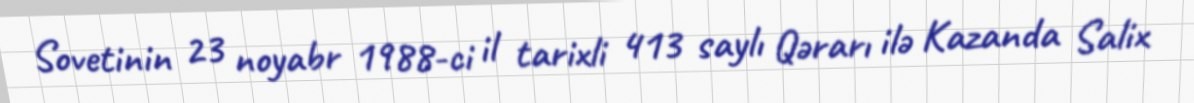
Sovetinin 23 noyabr 1988-ci il tarixli 413 saylı Qərarı ilə Kazanda Salix